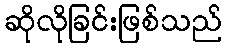
ဆိုလိုခြင်းဖြစ်သည်